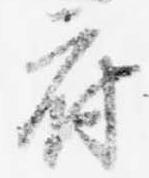
府